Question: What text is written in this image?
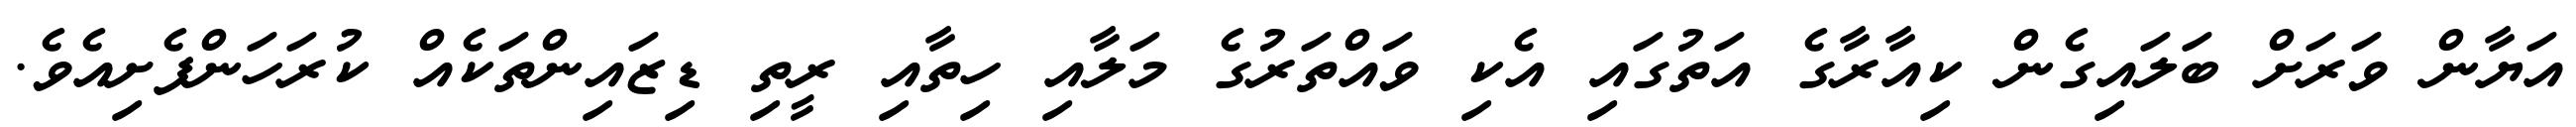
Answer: އަޔާން ވަރަށް ބަލައިގެން ކިއާރާގެ އަތުގައި އެކި ވައްތަރުގެ މަލާއި ހިތާއި ރީތި ޑިޒައިންތަކެއް ކުރަހަންފެށިއެވެ.